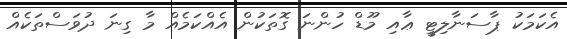
އެކަމަކު ޕާސަނާލިޓީ ޢާއި މޫޑް ހުންނަ ގޮތަކުން އެއްކަމެއް މާ ގިނަ ދުވަސްތަކެއް